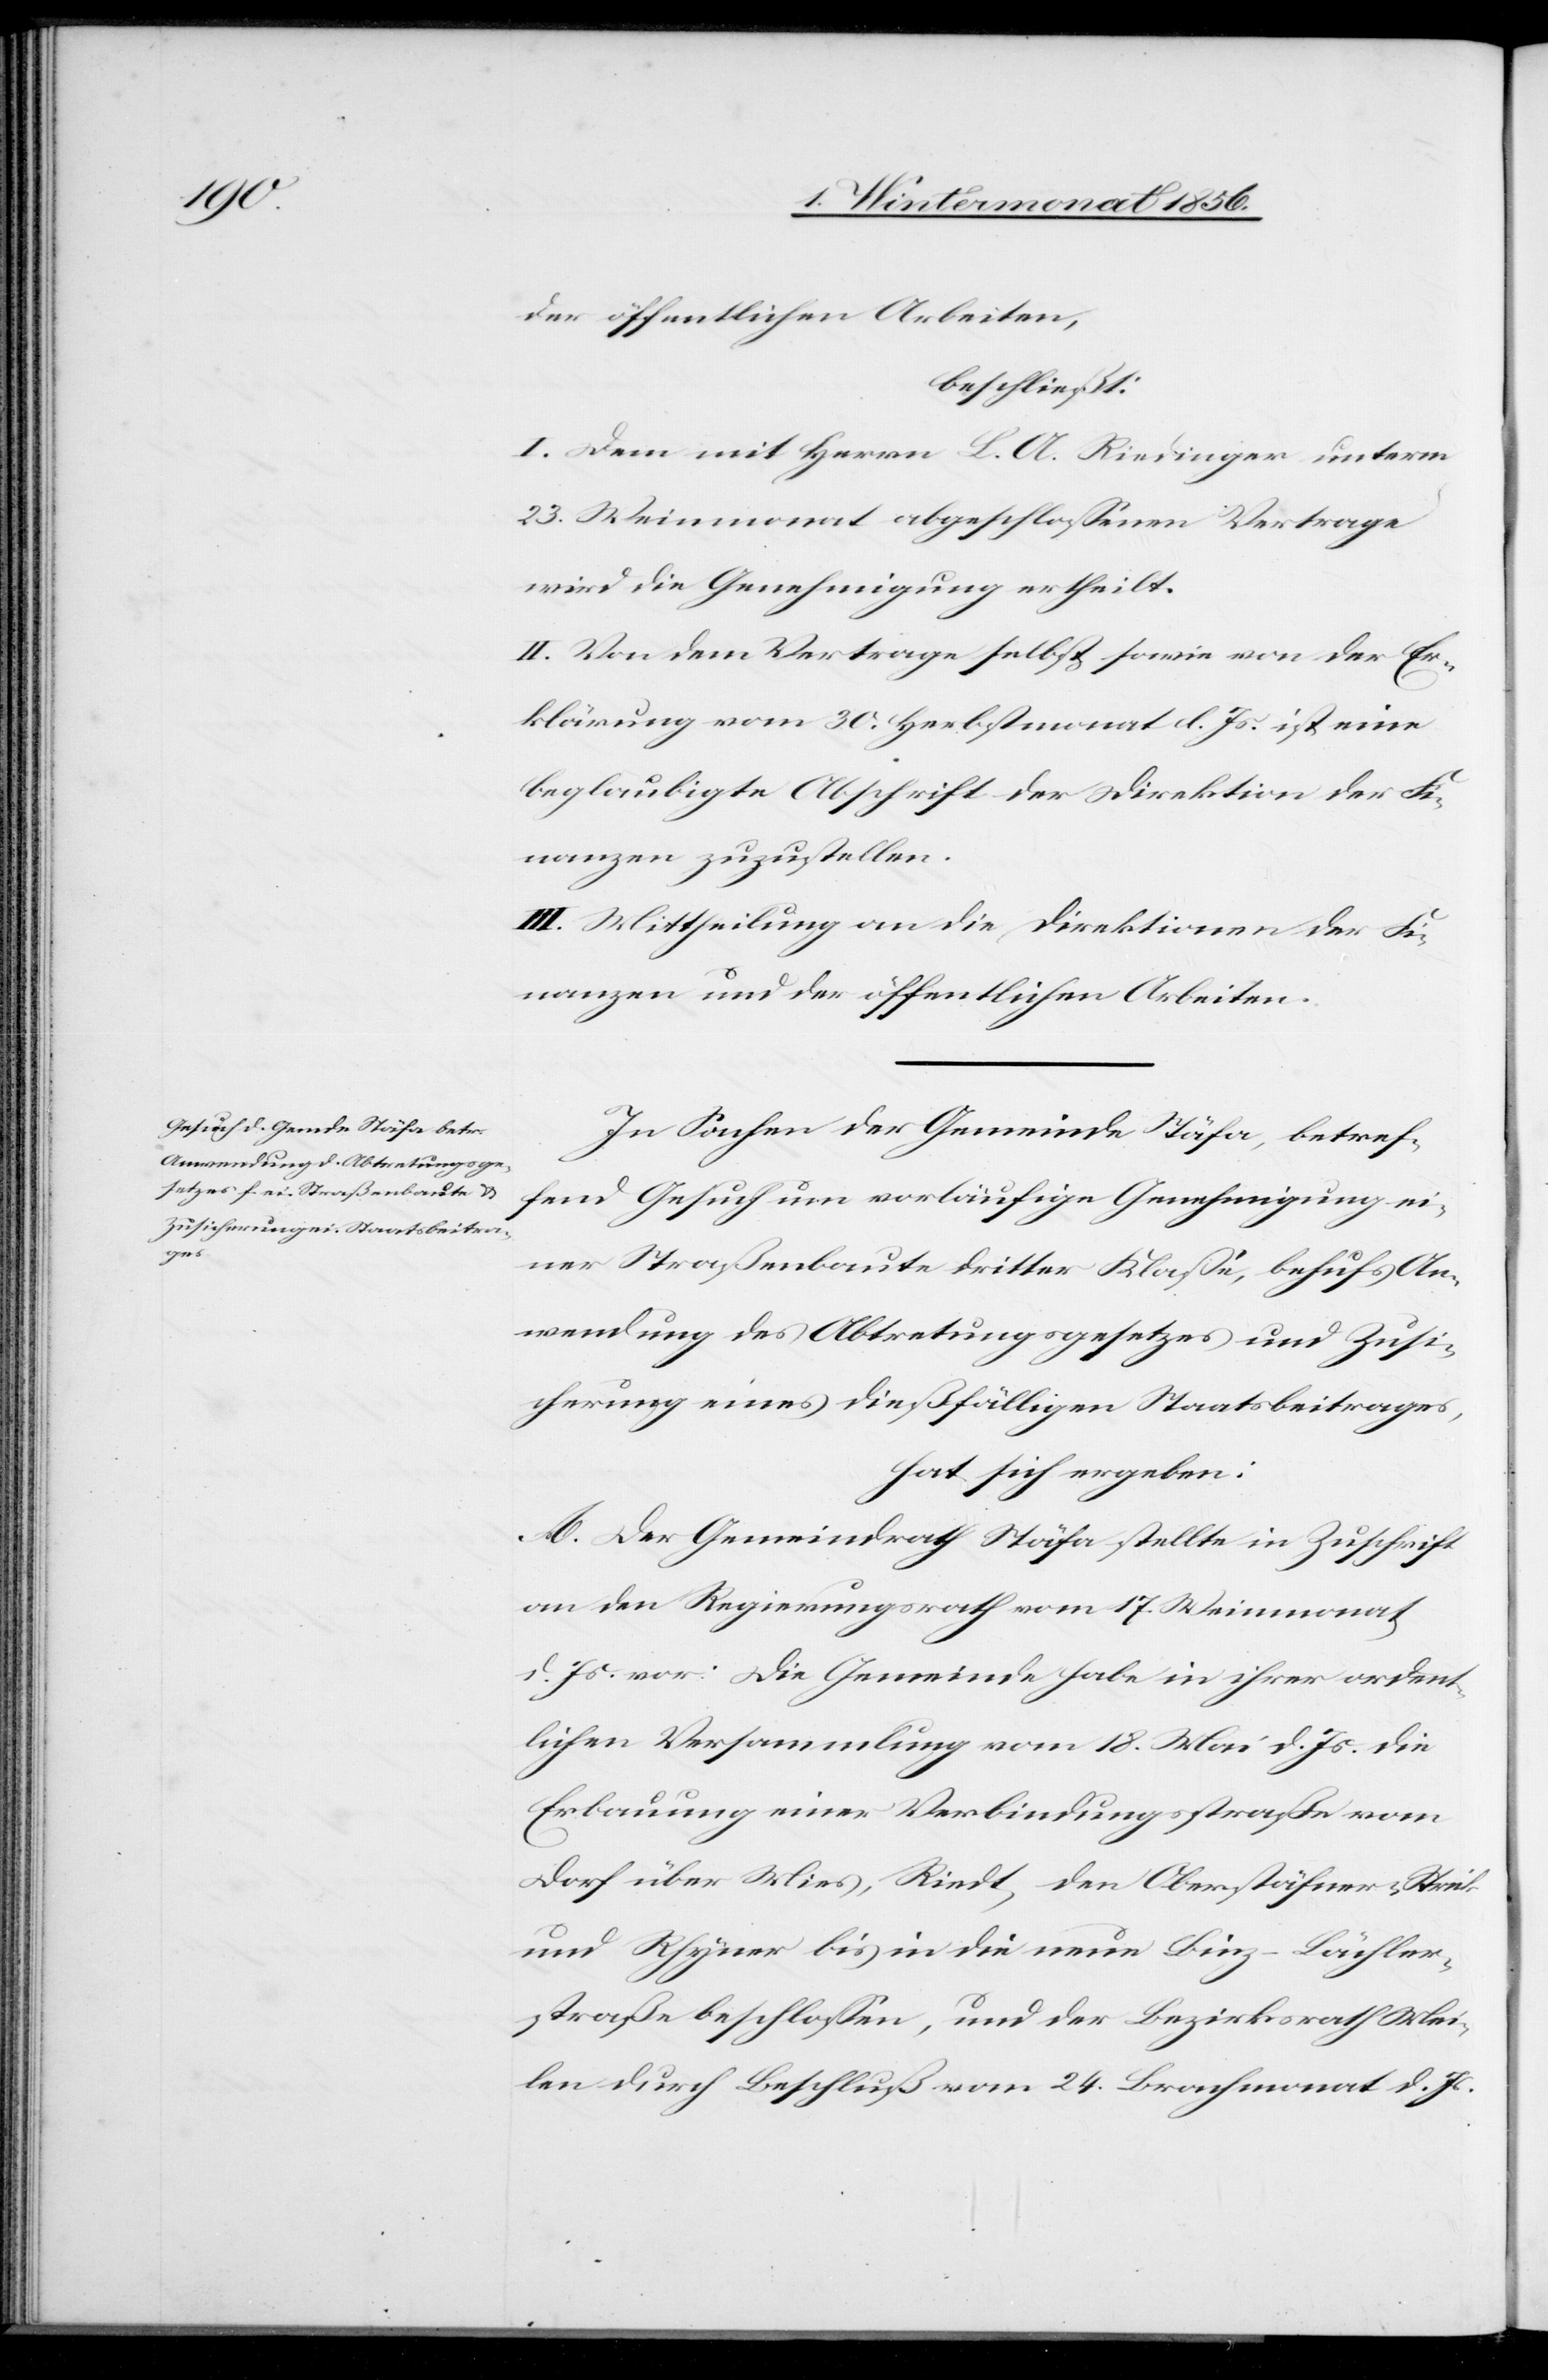
der öffentlichen Arbeiten,
beschließt:
I. Dem mit Herrn L. A. Riedinger unterm
23. Weinmonat abgeschlossenen Vertrage
wird die Genehmigung ertheilt.
II. Von dem Vertrage selbst sowie von der Er¬
klärung vom 30. Herbstmonat l. Js. ist eine
beglaubigte Abschrift der Direktion der Fi¬
nanzen zuzustellen.
III. Mittheilung an die Direktionen der Fi¬
nanzen und der öffentlichen Arbeiten.
In Sachen der Gemeinde Stäfa, betref¬
fend Gesuch um vorläufige Genehmigung ei¬
ner Straßenbaute dritter Klasse, behufs An¬
wendung des Abtretungsgesetzes und Zusi¬
cherung eines dießfälligen Staatsbeitrages,
hat sich ergeben:
A. Der Gemeindrath Stäfa stellte in Zuschrift
an den Regierungsrath vom 17. Weinmonat
d. Js. vor: Die Gemeinde habe in ihrer ordent¬
lichen Versammlung vom 18. Mai d. Js. die
Erbauung einer Verbindungsstraße vom
Dorf über Mies, Riedt, den Oberstäfner-Strick
und Rhyner bis in die neue Binz-Lächler¬
straße beschlossen, und der Bezirksrath Mei¬
len durch Beschluß vom 24. Brachmonat d. Js.